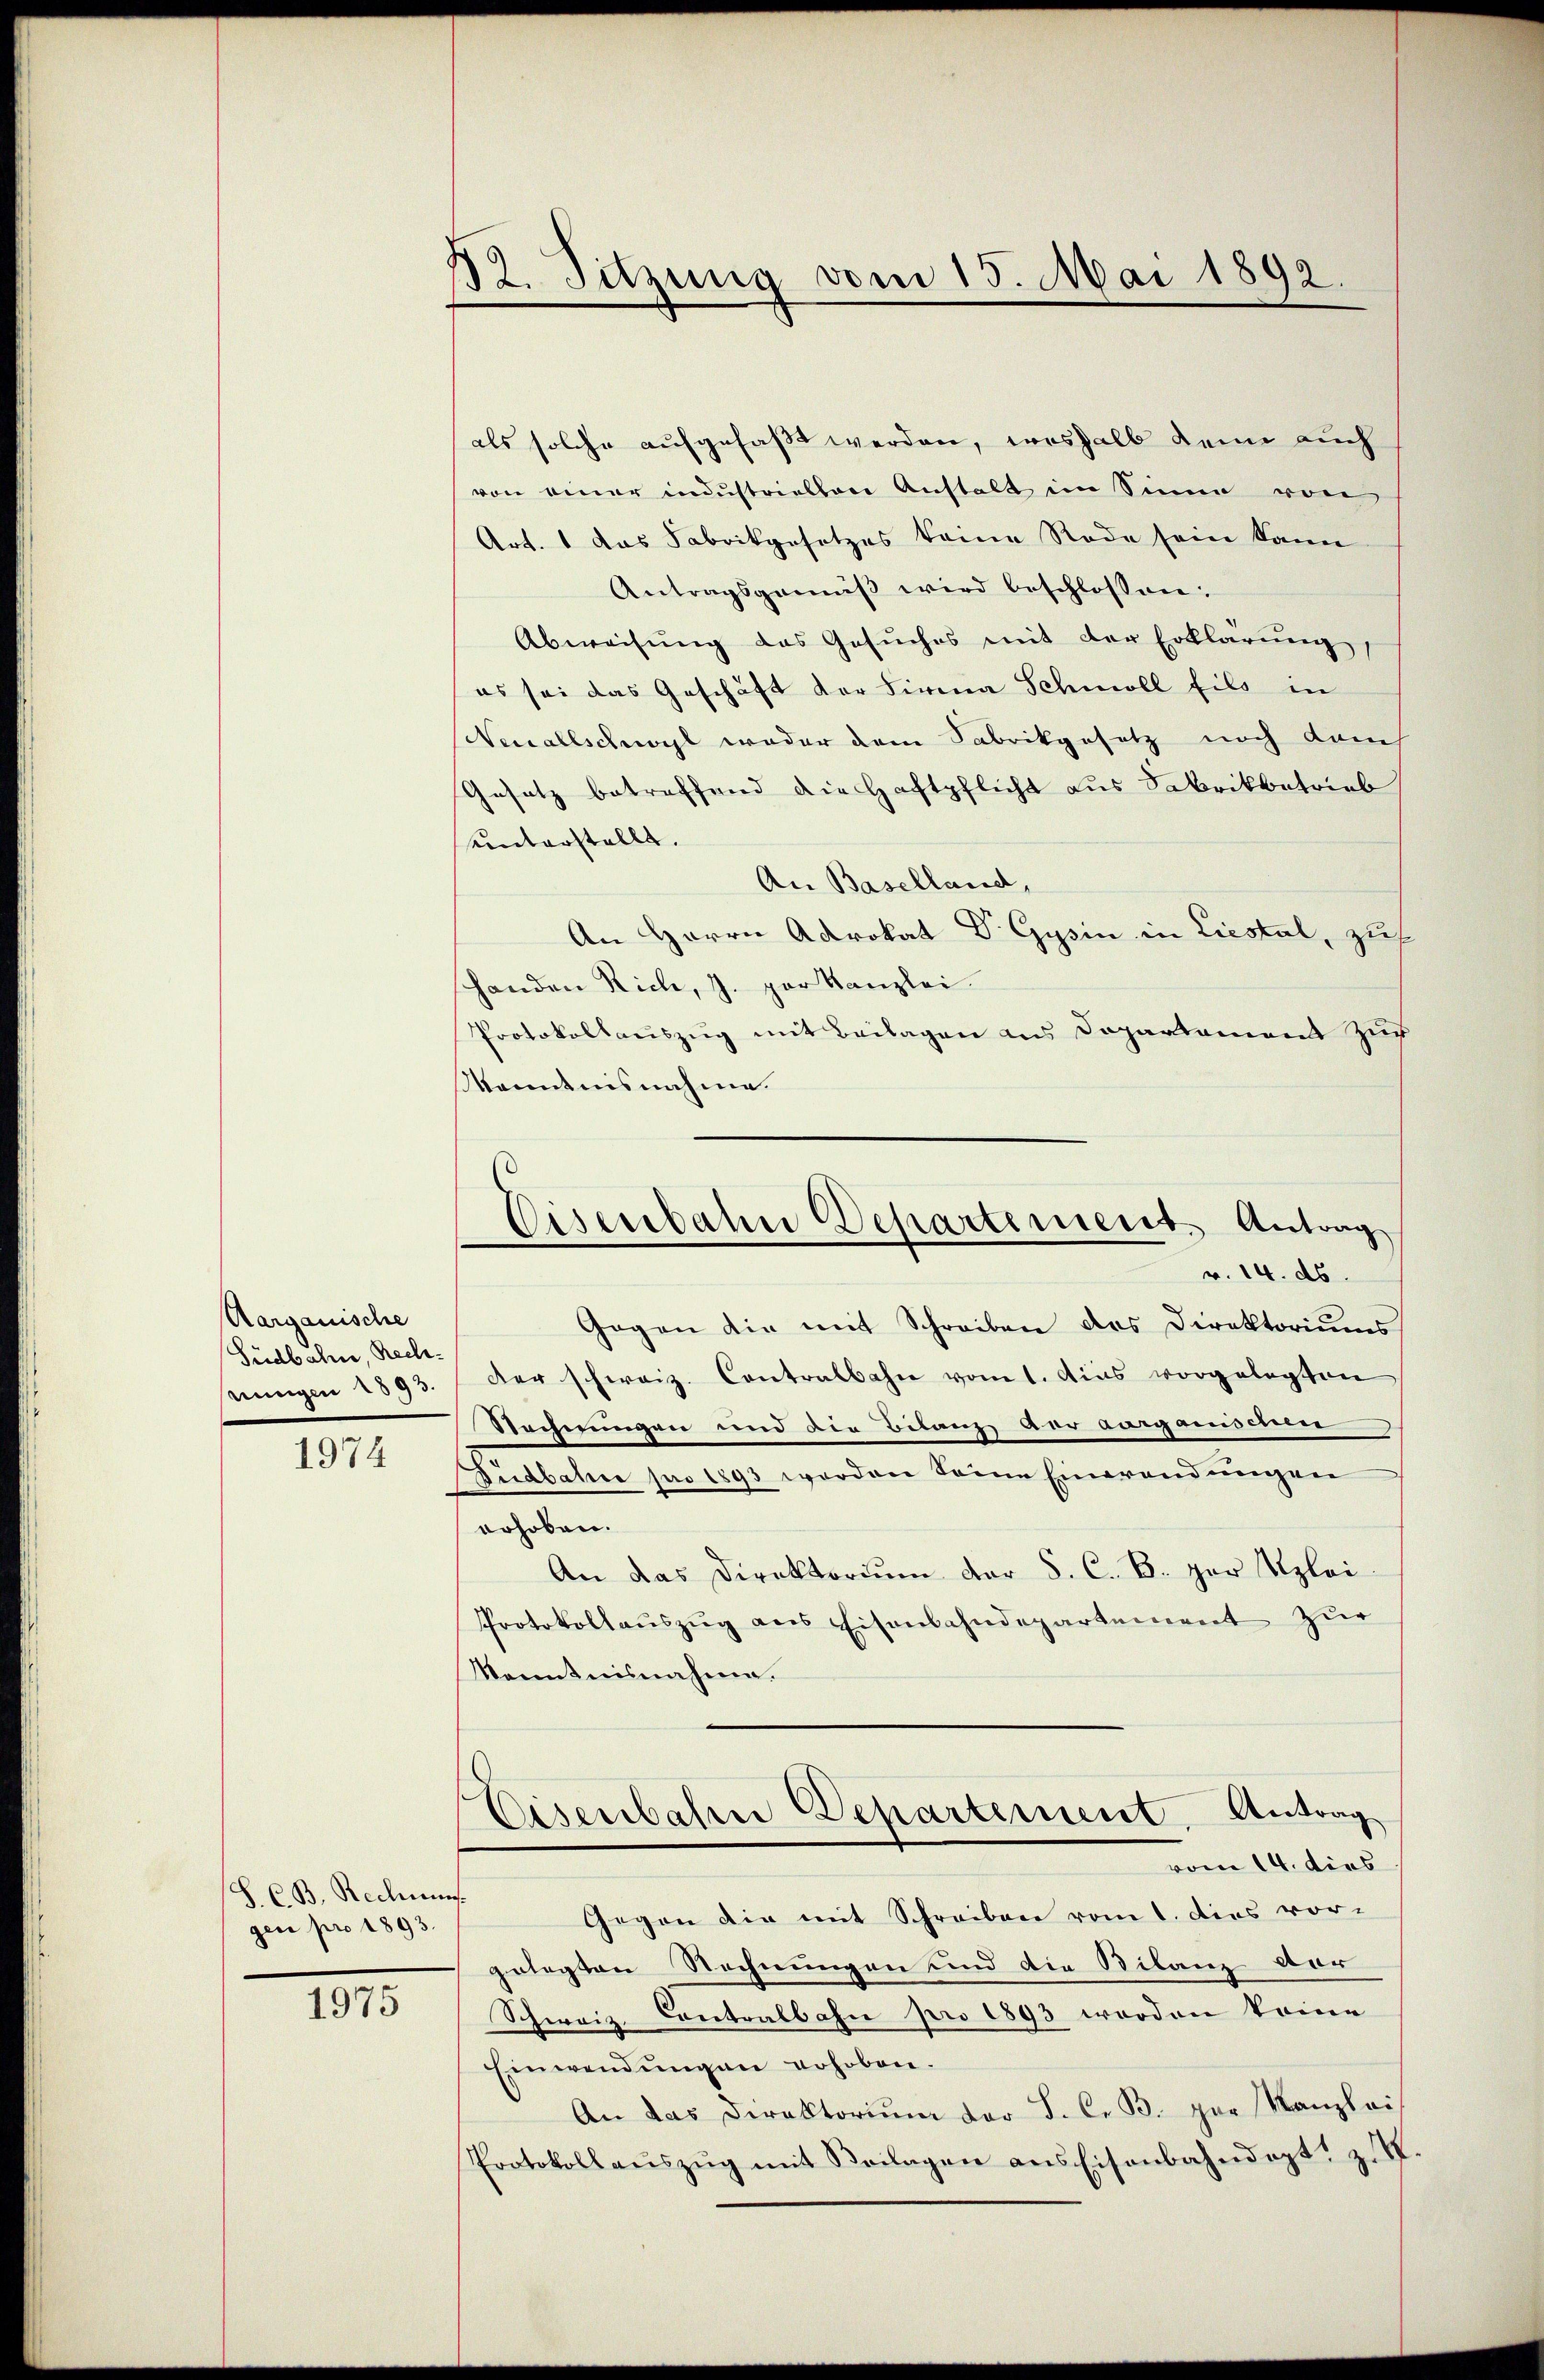
Aargauische
Südbahn, Rech¬

1974

S. C. B. Rechnung.
gen pro 1893.

1975

12. Sitzung vom 15. Mai 1892.

als solche aufgefaßt werden, weshalb denn auch
von einer industriellere Anstalt im Sinne von
Art. 1 das Fabrikgesetzes keine Rede sein kann
Antragsgemiβ wird beschlossen:
Abweisŭng des Gesŭches mit der Erklärung,
es sei das Geschäft der Firma Schmoll fils in
Neuallschal weder dem Sabrikgesetz noch kam
Gesetz betreffend die Haftpflicht aus Fabrikbetrieb
unterstellt.
An Baselland,
An Herrn Adrokat Dr. Gysin in Liestal, zuf
shanden Rich, J. per Kanzlei
Protokollauszug mit Beilagen aus Dopartement zur
Kanntnisnahme.
Gegen die mit Schreiben des Direktoriums
nŭngen 1893. Der schweiz. Contralbahn vom 1. dies vorgelegten
Rechnungen und die Bitanz der Aargaesideen
Düdbahre pro 1893 werden seine Einerendungen
erhoben.
An das Direktoriŭm der S. C. B. per Szlei-
Protokollaŭszŭg ans Eisenbahndepartement zŭr
kanntnisnahme.
Eisenbahrer Departement Antrag
vom 14. dies
Gegen die mit Schreiben vom 1. dies vor-
gelegten Rechnungen und die Bilanz vor
Schweiz. Contralbahn pro 1893 worden keine
Einwendŭngen erhoben.
An das Direktoriŭm der S. C. B. zur Kanzlei
Protokoll aŭszŭg mit Beilagen ans Eisenbahndept" z. S.

Eisenbahn Departement. Antrag
v. 14. ds.